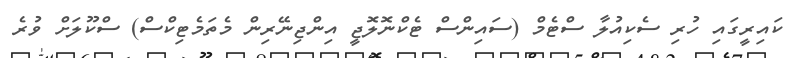
ކައިރީގައި ހުރި ސެކިއުލާ ސްޓެމް (ސައިންސް ޓެކްނޮލޮޖީ އިންޖިނޭރިން މެތަމެޓިކްސް) ސްކޫލަށް ވުރެ